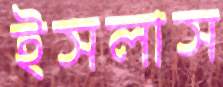
ইসলাস